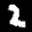
Label: 2